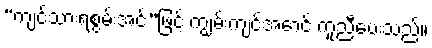
“ကျင့်သားရစွမ်းအင်”ဖြင့် ကျွမ်းကျင်အောင် ကူညီပေးသည်။